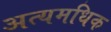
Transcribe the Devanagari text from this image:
अत्यमधिक